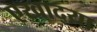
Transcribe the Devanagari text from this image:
एखाद्य़ा